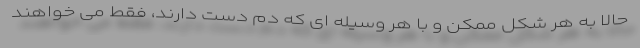
حالا به هر شکل ممکن و با هر وسیله ای که دم دست دارند، فقط می خواهند